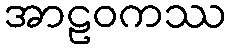
အာဠဝကဿ